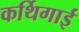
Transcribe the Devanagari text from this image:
कर्थिगाई